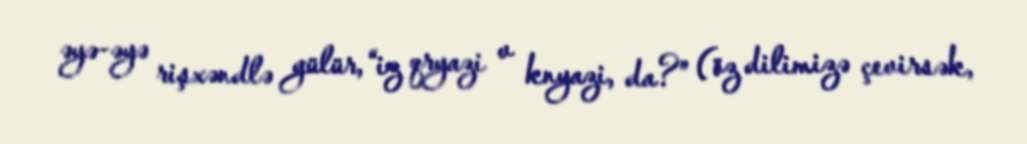
əyə-əyə rişxəndlə gülür, “iz qryazi v knyazi, da?” (öz dilimizə çevirsək,